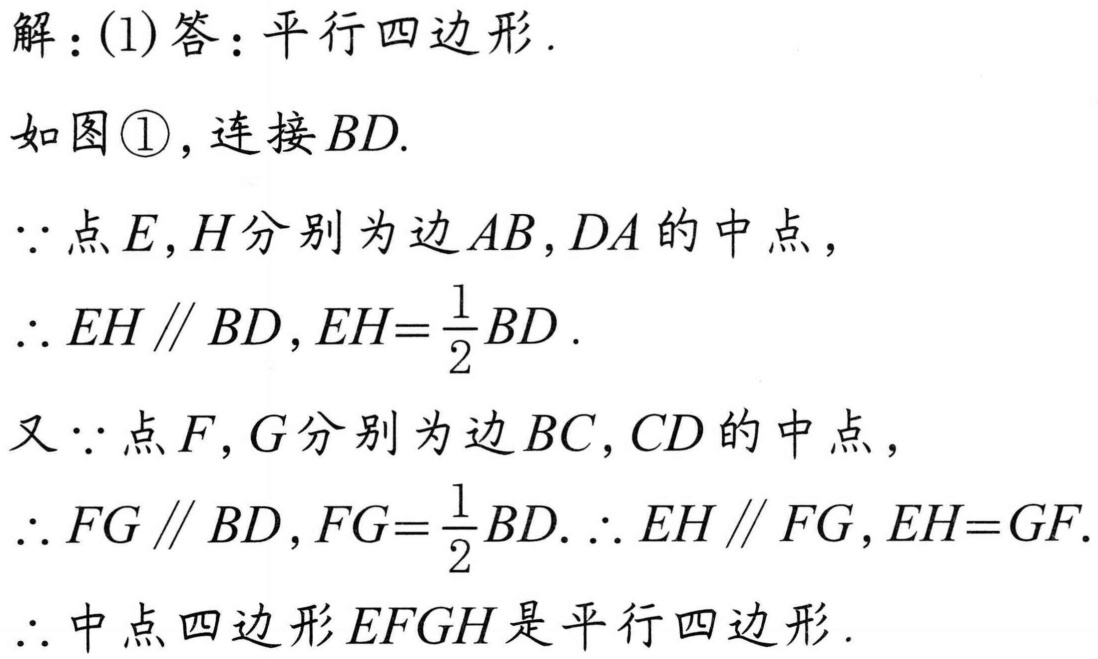
解：(1)答：平行四边形.
如图\textcircled{1}，连接\(BD\).
\(\because\)点\(E,H\)分别为边\(AB,DA\)的中点，
\(\therefore EH\parallel BD\)，\(EH = \frac{1}{2}BD\).
又\(\because\)点\(F,G\)分别为边\(BC,CD\)的中点，
\(\therefore FG\parallel BD\)，\(FG=\frac{1}{2}BD\). \(\therefore EH\parallel FG\)，\(EH = GF\).
\(\therefore\)中点四边形\(EFGH\)是平行四边形.